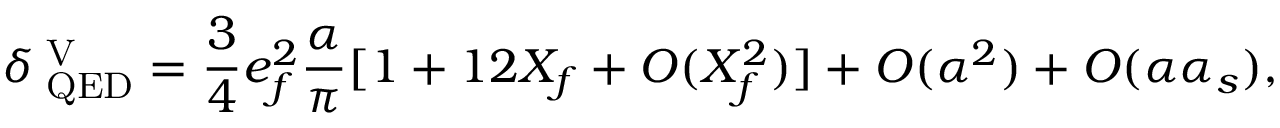
\delta _ { \mathrm { \tiny ~ Q E D } } ^ { \mathrm { \tiny ~ V } } = \frac { 3 } { 4 } e _ { f } ^ { 2 } \frac { \alpha } { \pi } [ 1 + 1 2 X _ { f } + O ( X _ { f } ^ { 2 } ) ] + O ( \alpha ^ { 2 } ) + O ( \alpha \alpha _ { s } ) ,